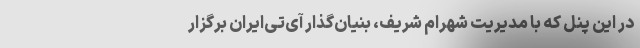
در این پنل که با مدیریت شهرام شریف، بنیان‌گذار آی‌تی‌ایران برگزار